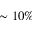
\sim 1 0 \%